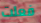
فعلت